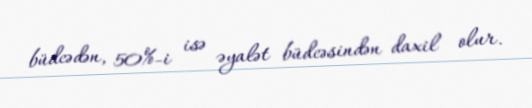
büdcədən, 50%-i isə əyalət büdcəsindən daxil olur.